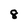
Character: 8